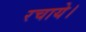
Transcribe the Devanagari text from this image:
रचाये।